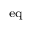
_ \mathrm { e q }